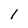
Character: l